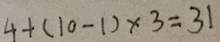
4 + ( 1 0 - 1 ) \times 3 = 3 1